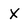
Character: x